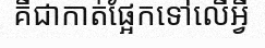
គឺជាកាត់ផ្អែកទៅលើអ្វី